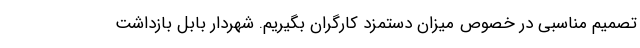
تصمیم مناسبی در خصوص میزان دستمزد کارگران بگیریم. شهردار بابل بازداشت